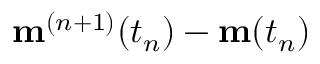
\mathbf { m } ^ { ( n + 1 ) } ( t _ { n } ) - \mathbf { m } ( t _ { n } )